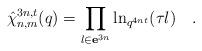
LaTeX: \begin{align*}\hat{\chi}_{n,m}^{3n,t}(q)=\prod\limits_{l\in {\bf e}^{3n}}\ln_{q^{4nt}}(\tau l)\quad .\quad \end{align*}